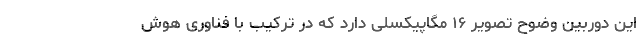
این دوربین وضوح تصویر ۱۶ مگاپیکسلی دارد که در ترکیب با فناوری هوش